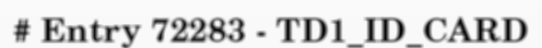
# Entry 72283 - TD1_ID_CARD